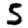
Digit: 5